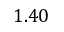
1 . 4 0